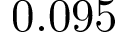
0 . 0 9 5